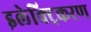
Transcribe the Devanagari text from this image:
इलेक्ट्रिकरण